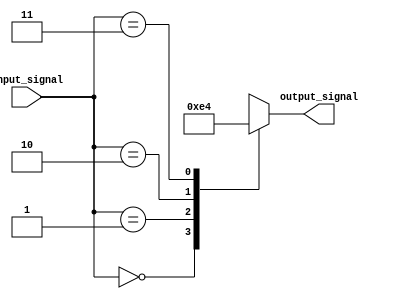
module full_case_example (
    input wire [1:0] input_signal,
    output reg [1:0] output_signal
);

always @ (*)
begin
    case (input_signal)
        2'b00: output_signal = 2'b11;
        2'b01: output_signal = 2'b10;
        2'b10: output_signal = 2'b01;
        2'b11: output_signal = 2'b00;
        default: output_signal = 2'b00; // default case in case none of the above choices match
    endcase
end

endmodule